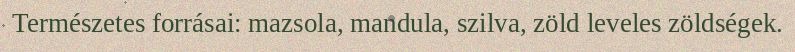
Természetes forrásai: mazsola, mandula, szilva, zöld leveles zöldségek.